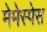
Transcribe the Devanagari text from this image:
मेमेस्पेस